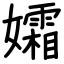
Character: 孀